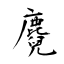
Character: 麑